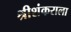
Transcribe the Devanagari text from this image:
श्रीशंकराला